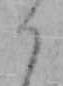
り